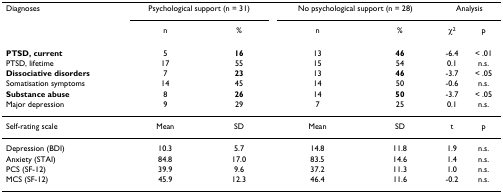
<table><thead><tr><td><b>Diagnoses</b></td><td colspan="2"><b>Psychological support (n = 31)</b></td><td colspan="2"><b>No psychological support (n = 28)</b></td><td colspan="2"><b>Analysis</b></td></tr><tr><td></td><td><b>n</b></td><td><b>%</b></td><td><b>n</b></td><td><b>%</b></td><td><b>χ<sup>2</sup></b></td><td><b>p</b></td></tr></thead><tbody><tr><td><b>PTSD, current</b></td><td>5</td><td><b>16</b></td><td>13</td><td><b>46</b></td><td>-6.4</td><td>&lt; .01</td></tr><tr><td>PTSD, lifetime</td><td>17</td><td>55</td><td>15</td><td>54</td><td>0.1</td><td>n.s.</td></tr><tr><td><b>Dissociative disorders</b></td><td>7</td><td><b>23</b></td><td>13</td><td><b>46</b></td><td>-3.7</td><td>&lt; .05</td></tr><tr><td>Somatisation symptoms</td><td>14</td><td>45</td><td>14</td><td>50</td><td>-0.6</td><td>n.s.</td></tr><tr><td><b>Substance abuse</b></td><td>8</td><td><b>26</b></td><td>14</td><td><b>50</b></td><td>-3.7</td><td>&lt; .05</td></tr><tr><td>Major depression</td><td>9</td><td>29</td><td>7</td><td>25</td><td>0.1</td><td>n.s.</td></tr><tr><td>Self-rating scale</td><td>Mean</td><td>SD</td><td>Mean</td><td>SD</td><td>t</td><td>p</td></tr><tr><td>Depression (BDI)</td><td>10.3</td><td>5.7</td><td>14.8</td><td>11.8</td><td>1.9</td><td>n.s.</td></tr><tr><td>Anxiety (STAI)</td><td>84.8</td><td>17.0</td><td>83.5</td><td>14.6</td><td>1.4</td><td>n.s.</td></tr><tr><td>PCS (SF-12)</td><td>39.9</td><td>9.6</td><td>37.2</td><td>11.3</td><td>1.0</td><td>n.s.</td></tr><tr><td>MCS (SF-12)</td><td>45.9</td><td>12.3</td><td>46.4</td><td>11.6</td><td>-0.2</td><td>n.s.</td></tr></tbody></table>